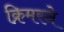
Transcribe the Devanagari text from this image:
क्रिमरने